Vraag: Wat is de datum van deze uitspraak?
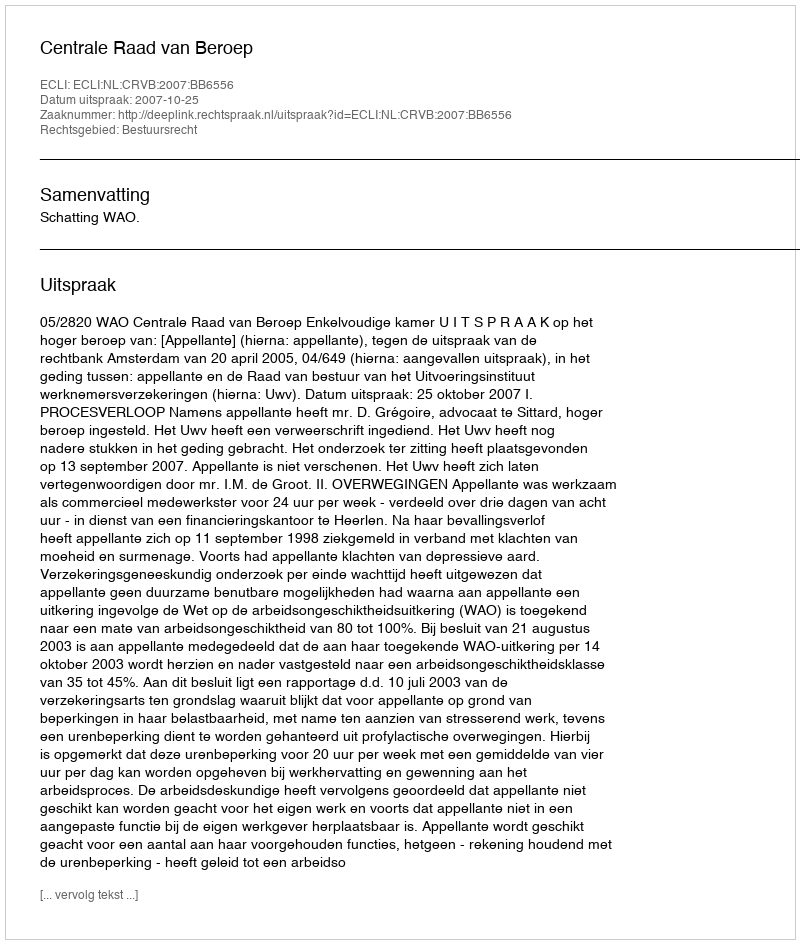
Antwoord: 2007-10-25